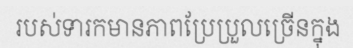
របស់ទារកមានភាពប្រែប្រួលច្រើនក្នុង